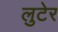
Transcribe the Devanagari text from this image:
लुटेर